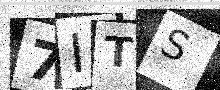
Text: 7ITS